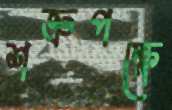
শত্রুপক্ষে